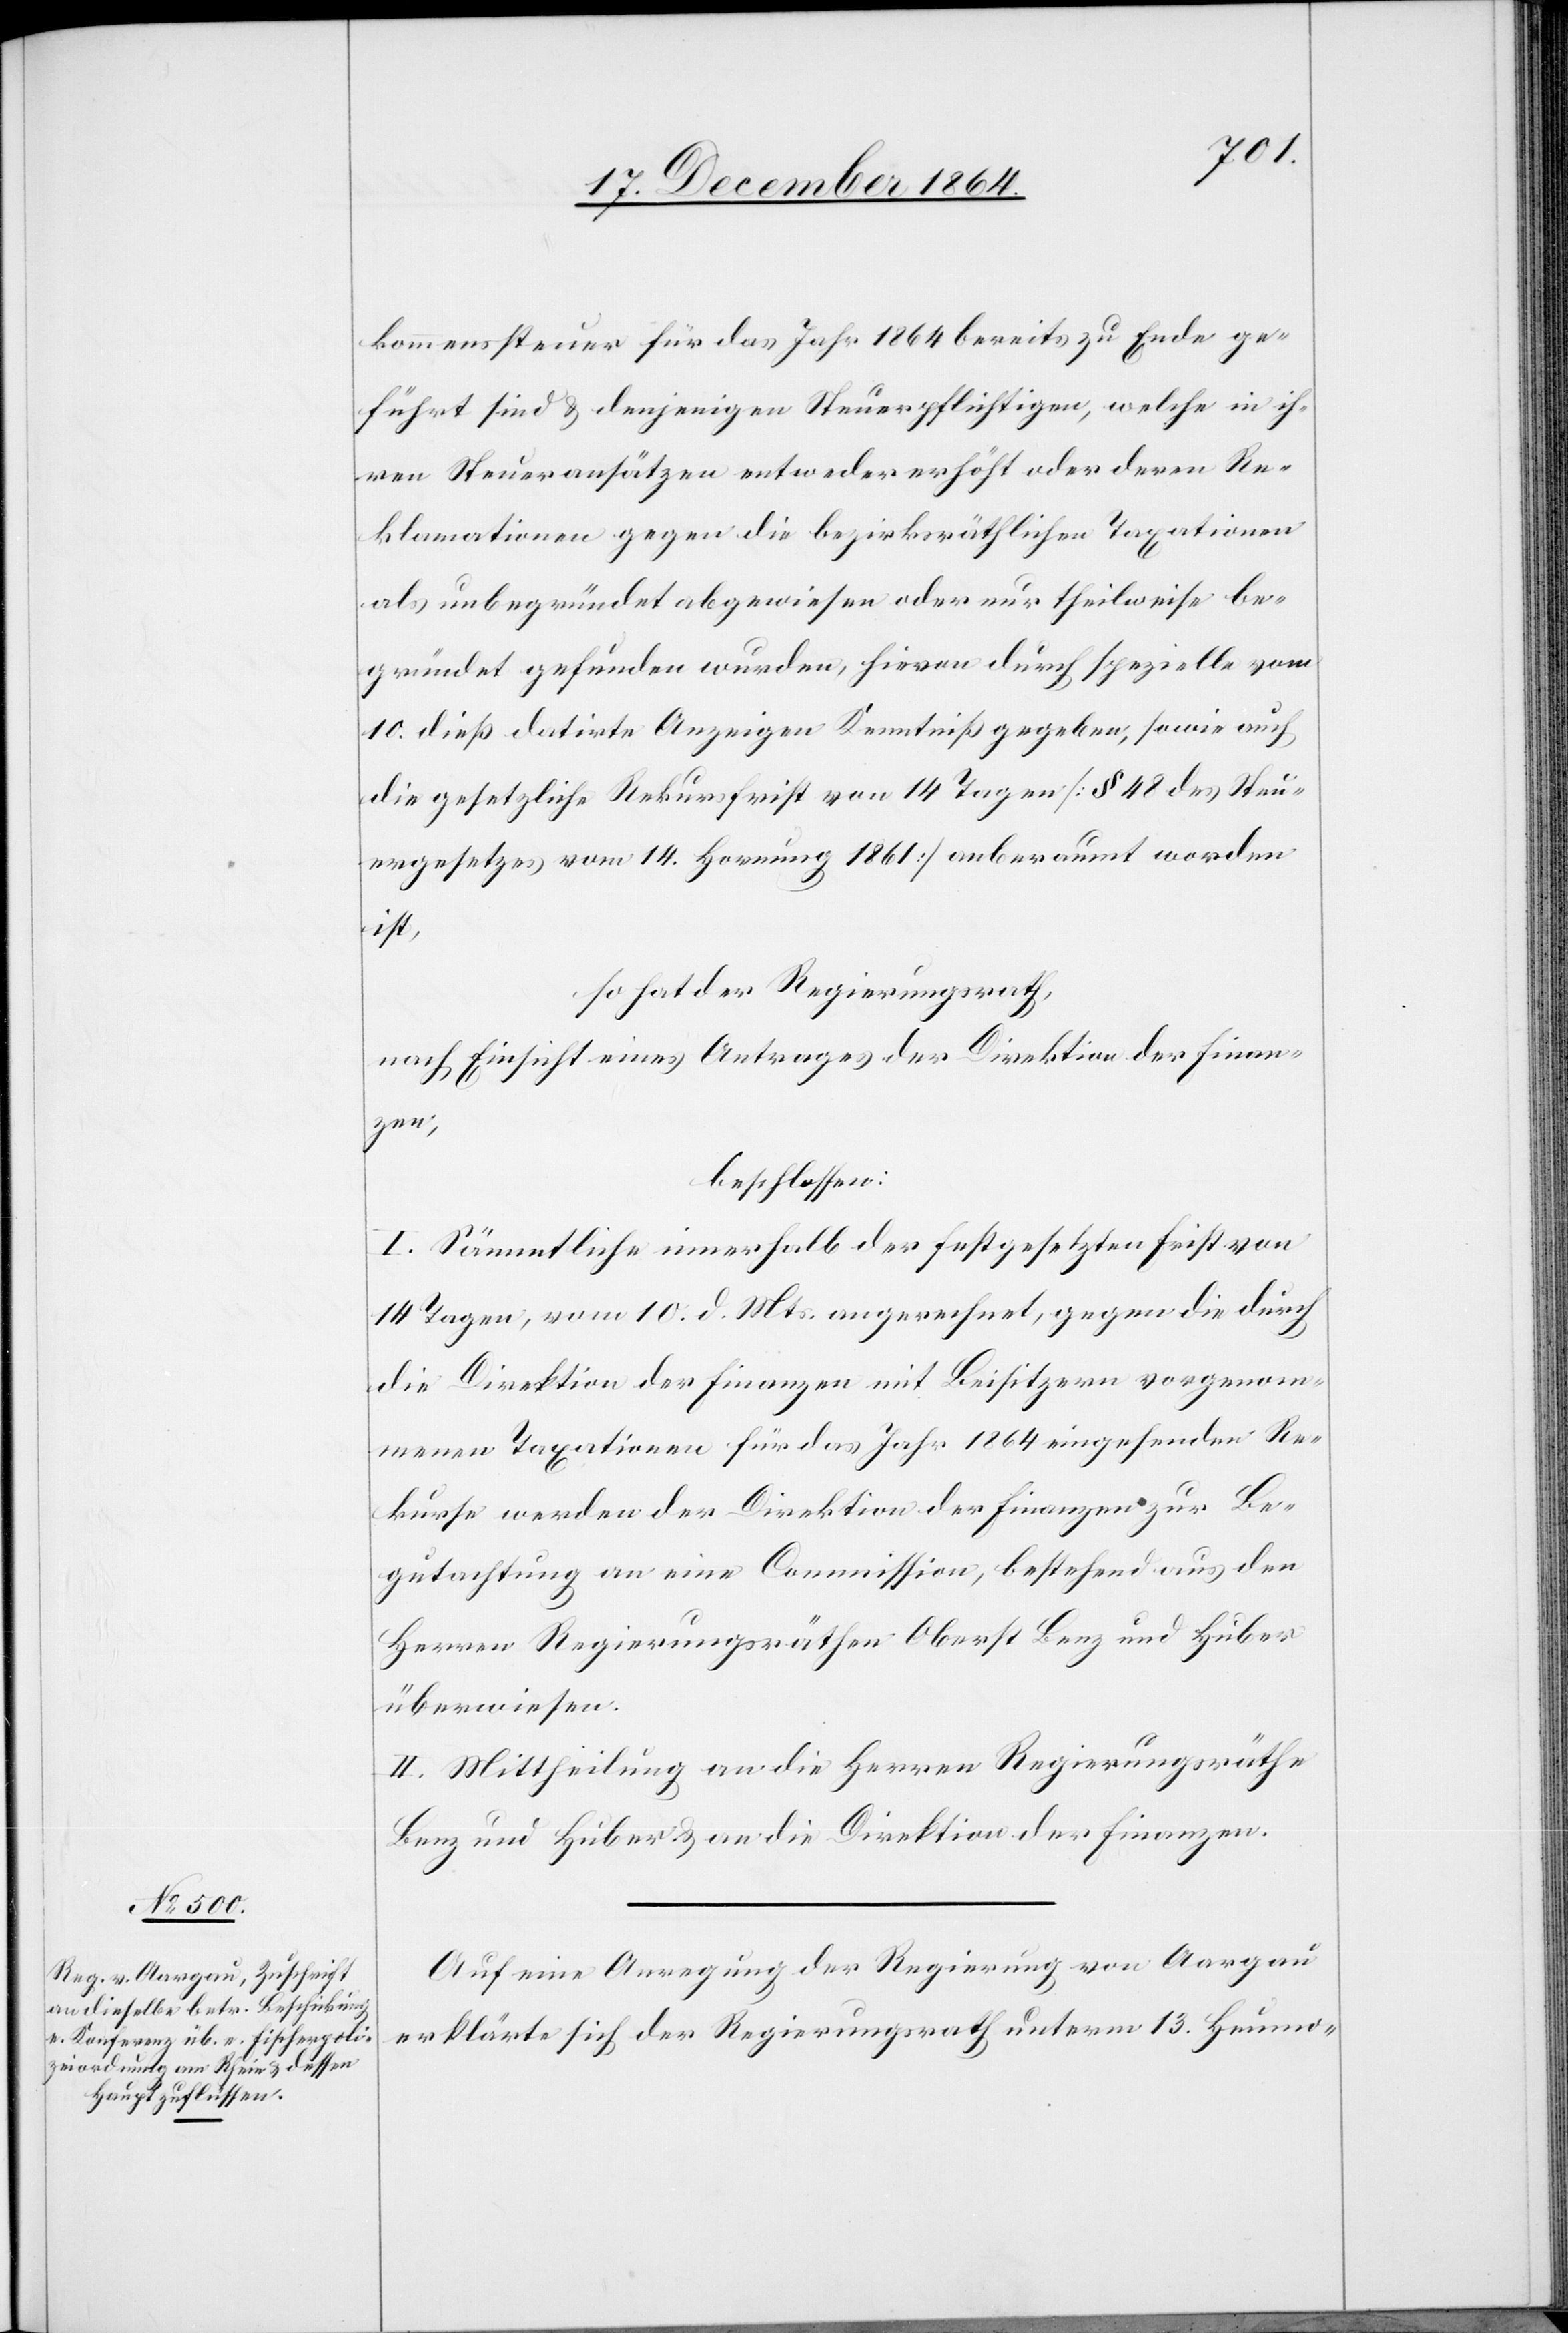
kommenssteuer für das Jahr 1864 bereits zu Ende ge¬
führt sind & diejenigen Steuerpflichtigen, welche in ih¬
ren Steuersätzen entweder erhöht oder deren Re¬
klamationen gegen die bezirksräthlichen Taxationen
als unbegründet abgewiesen oder nur theilweise be¬
gründet gefunden wurden, hievon durch spezielle vom
10. dieß datirte Anzeigen Kenntniß gegeben, sowie auch
die gesetzliche Rekursfrist von 14 Tagen [§ 48 des Steu¬
ergesetzes vom 14. Hornung 1861] anberaumt worden
ist,
so hat der Regierungsrath,
nach Einsicht eines Antrages der Direktion der Finan¬
zen,
beschlossen:
I. Sämmtliche innerhalb der festgesetzten Frist von
14 Tagen, vom 10. d. Mts. angerechnet, gegen die durch
die Direktion der Finanzen mit Beisitzern vorgenom¬
menen Taxationen für das Jahr 1864 eingehenden Re¬
kurse werden der Direktion der Finanzen zur Be¬
gutachtung an eine Commission, bestehend aus den
Herren Regierungsräthen Oberst Benz und Huber
überwiesen.
II. Mittheilung an die Herren Regierungsräthe
Benz und Huber & an die Direktion der Finanzen.
Auf eine Anregung der Regierung von Aargau
erklärte sich der Regierungsrath unterm 13. Heumo-